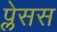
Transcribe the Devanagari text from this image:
प्लेसस